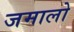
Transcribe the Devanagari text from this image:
जमालो